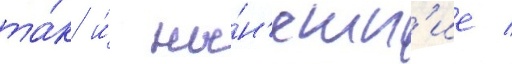
та́к и́ ны́н'ешн'ие /